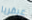
عبقريا